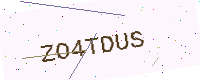
Text: ZO4TDUS